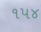
૧પ૪